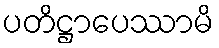
ပတိဋ္ဌာပေဿာမိ